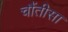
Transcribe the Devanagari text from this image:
चौंतीसा